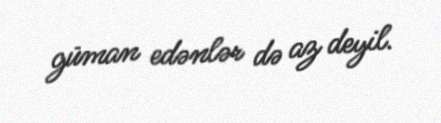
güman edənlər də az deyil.